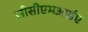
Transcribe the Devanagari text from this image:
जीसीएमआईए